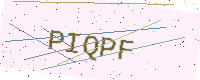
Text: PIQPF